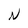
Character: N